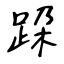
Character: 跥